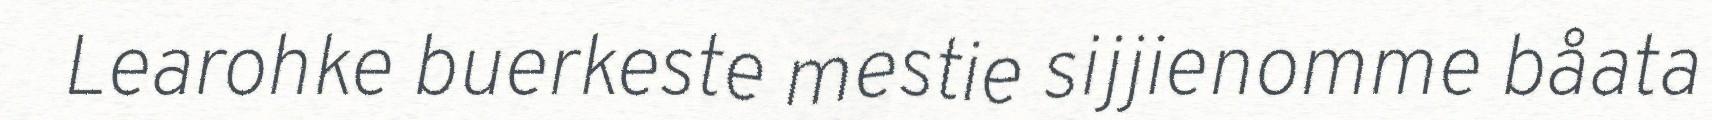
Learohke buerkeste mestie sijjienomme båata